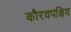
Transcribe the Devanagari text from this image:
कौरवपक्षिय